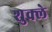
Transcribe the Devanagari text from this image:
शुक्ले